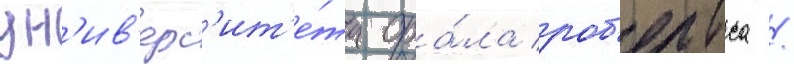
ун'ив'ерс'ит'е́та ора́ла роб'ертса /